Vaccination in the Punjab 1883-1896 - 1883-1896
Year: 1883
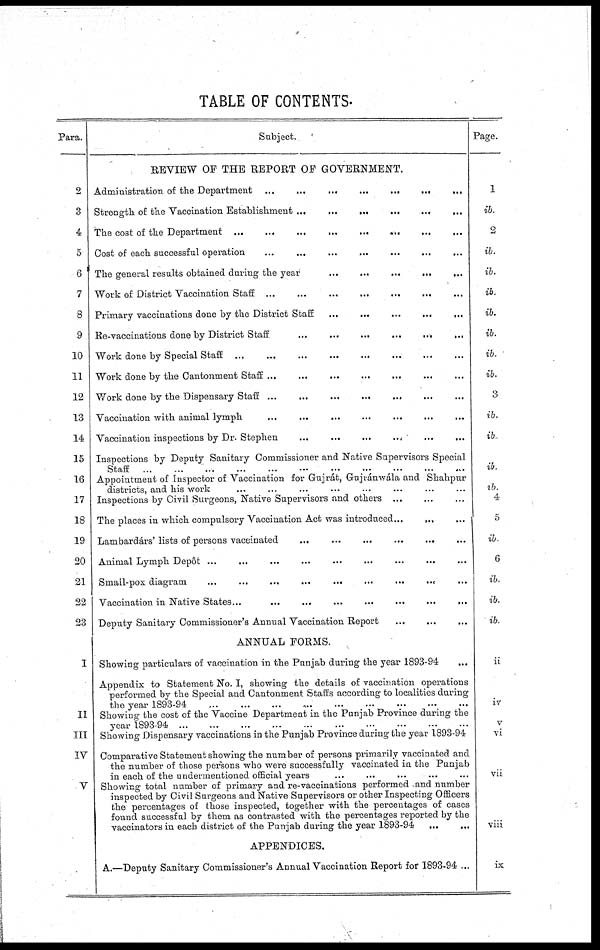
TABLE OF CONTENTS.
Para.
2
3
4
5
6
7
8
9
10
11
12
13
14
15
16
17
18
19
20
21
22
23
I
II
III
IV
V
Subject.
REVIEW OF THE REPORT OF GOVERNMENT.
Administration of the Department
...
...
...
...
...
...
...
Strength of the Vaccination Establishment ...
...
...
...
... ...
The cost of the Department ... ... ... ... ... ... ... ...
Cost of each successful operation
...
...
...
...
...
...
...
The general results obtained during the year
...
... ... ... ...
Work of District Vaccination Staff ... ... ... ... ... ... ...
Primary vaccinations done by the District Staff ... ... ... ... ...
Re-vaccinations done by District Staff
...
...
...
...
...
...
Work done by Special Staff
... ... ... ... ... ... ... ...
Work done by the Cantonment Staff ... ... ... ... ... ... ...
Work done by the Dispensary Staff ...
... ... ... ... ... ...
Vaccination with animal lymph ... ... ... ... ... ...
Vaccination inspections by Dr. Stephen
...
...
...
... ... ...
Inspections by Deputy Sanitary Commissioner and Native Supervisors Special
Staff
...
...
...
...
...
...
...
...
...
...
...
Appointment of Inspector of Vaccination for Gujrát, Gujvánwála and Shahpur
districts, and his work ... ... ... ... ... ... ... ...
Inspections by Civil Surgeons, Native Supervisors and others ... ... ...
The places in which compulsory Vaccination Act was introduced...
... ...
Lambardárs' lists of persons vaccinated
...
...
... ... ... ...
Animal Lymph Depôt ... ... ... ... ... ... ... ... ...
Small-pox diagram
...
...
...
...
...
...
...
... ...
Vaccination in Native States... ... ... ... ... ... ... ...
Deputy Sanitary Commissioner's Annual Vaccination Report ... ... ...
ANNUAL FORMS.
Showing particulars of vaccination in the Punjab during the year 1893-94 ...
Appendix to Statement No. I, showing the details of vaccination operations
performed by the Special and Cantonment Staffs according to localities during
the year 1893-94
...
...
...
...
...
...
...
...
...
Showing the cost of the Vaccine Department in the Punjab Province during the
year 1893-94
...
...
...
...
...
...
...
...
...
...
Showing Dispensary vaccinations in the Punjab Province during the year 1893-94
Comparative Statement showing the number of persons primarily vaccinated and
the number of those persons who were successfully vaccinated in the Punjab
in each of the undermentioned official years ... ... ... ... ...
Showing total number of primary and re-vaccinations performed and number
inspected by Civil Surgeons and Native Supervisors or other Inspecting Officers
the percentages of those inspected, together with the percentages of cases
found successful by them as contrasted with the percentages reported by the
vaccinators in each district of the Punjab during the year 1893-94 ... ...
APPENDICES.
A.—Deputy Sanitary Commissioner's Annual Vaccination Report for 1893-94 ...
Page.
1
ib.
2
ib.
ib.
ib.
ib.
ib.
ib.
ib.
3
ib.
ib.
ib.
ib.
4
5
ib.
6
ib.
ib.
ib.
ii
iv
V
vi
vii
viii
ix